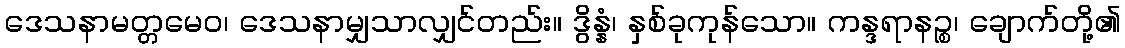
ဒေသနာမတ္တမေဝ၊ ဒေသနာမျှသာလျှင်တည်း။ ဒွိန္နံ၊ နှစ်ခုကုန်သော။ ကန္ဒရာနဉ္စ၊ ချောက်တို့၏